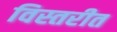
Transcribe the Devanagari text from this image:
विस्तरीत